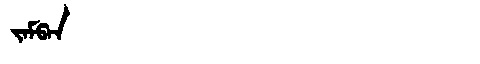
Manchu: ᠵᠠᠮᡦᠠᠨ
Romanization: JAMPAN